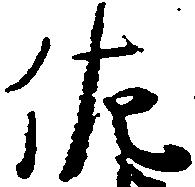
佐